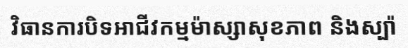
វិធានការបិទអាជីវកម្មម៉ាស្សាសុខភាព និងស្ប៉ា